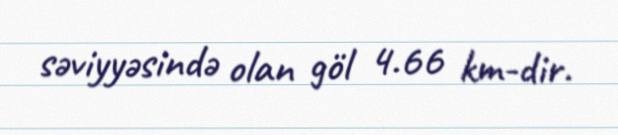
səviyyəsində olan göl 4.66 km-dir.